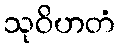
သုဝိဟတံ